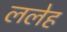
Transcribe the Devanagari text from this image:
ललेह